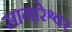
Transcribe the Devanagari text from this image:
सागारेश्वर